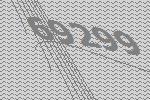
69299